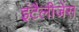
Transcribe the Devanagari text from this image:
इंटैलीजेंस